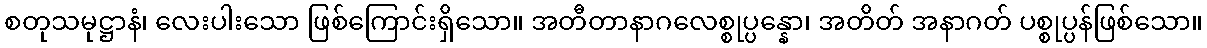
စတုသမုဋ္ဌာနံ၊ လေးပါးသော ဖြစ်ကြောင်းရှိသော။ အတီတာနာဂလေစ္စုပ္ပန္နော၊ အတိတ် အနာဂတ် ပစ္စုပ္ပန်ဖြစ်သော။